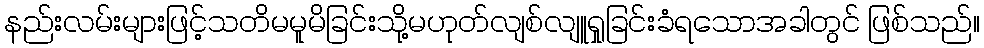
နည်းလမ်းများဖြင့်သတိမမူမိခြင်းသို့မဟုတ်လျစ်လျူရှုခြင်းခံရသောအခါတွင် ဖြစ်သည်။